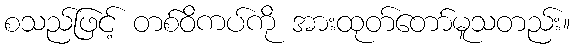
စသည်ဖြင့် တစ်ဝိကပ်ကို အားထုတ်တော်မူသတည်း။